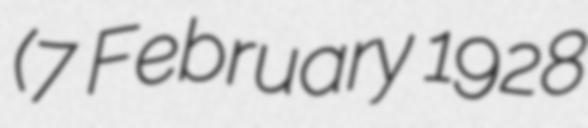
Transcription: (7 February 1928